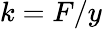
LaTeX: k=F/y